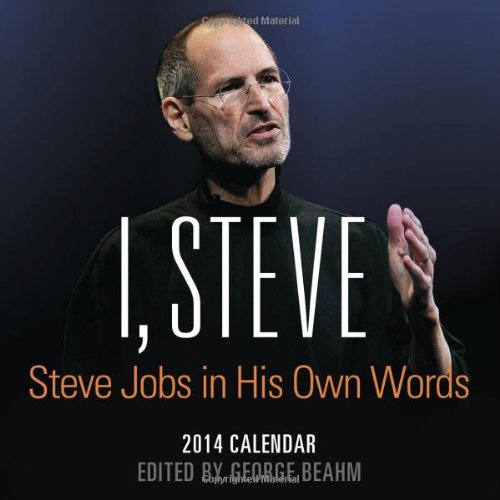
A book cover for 2014 I, Steve boxed calendar; George Beahm; Calendars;